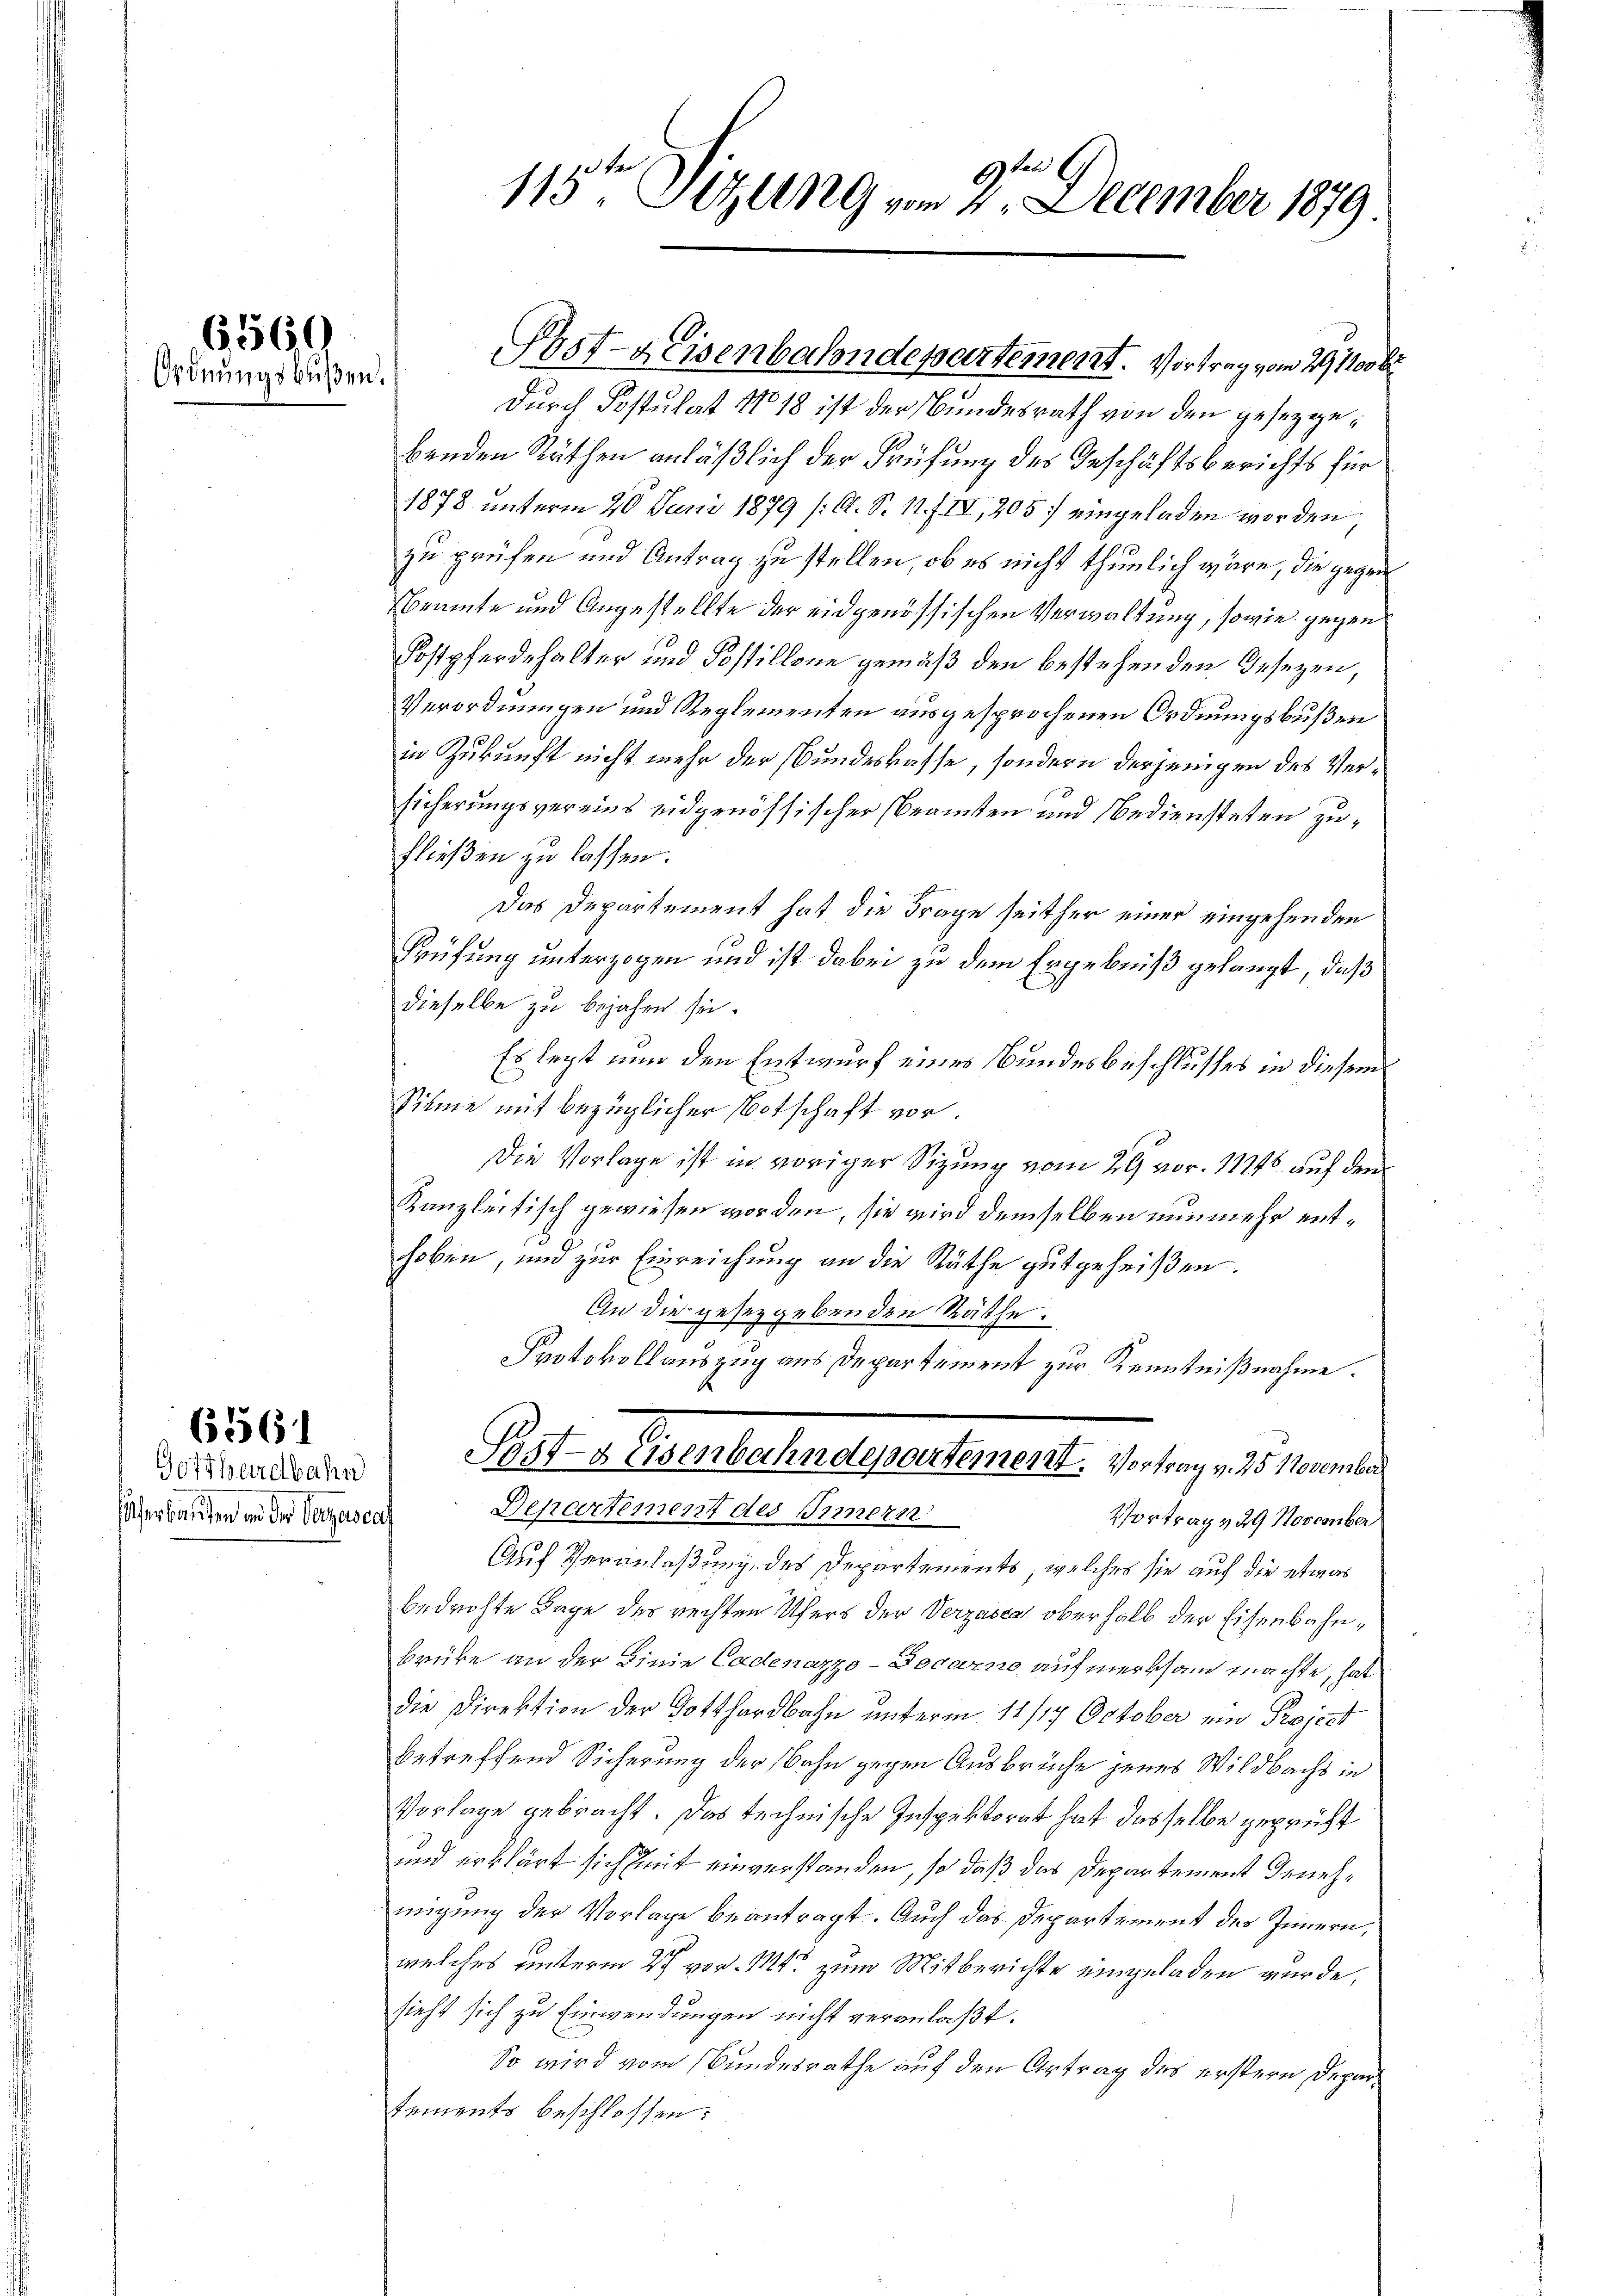
6560
Ordnungsbußen.

Gotthardbahn
Verbauten und der Verzescal

(1561

9ten
115ten Sitzung vom 2. December 1879

Durch Postulat No 18 ist der Bundesrath von den gesetzgebenden Räthen anläßlich der Prüfung des Geschäftsberichts für
1878 unterm 20. Juni 1879 (A. S. 11. IV, 205. eingeladen worden
zu prüfen und Antrag zu stellen, ob es nicht thunlich wäre, die gegen
beamte und Angestellte der eidgenössischen Verwaltung, sowie gegen
Postpferdehalter und Postillone gemäß den bestehenden Gesezen,
Verordnungen und Reglementen ausgesprochenen Ordnungsbußen
in Zukunft nicht mehr der Bundeskasse, sondern derjenigen des Versicherungsvereins eidgenössischer Beamten und bediensteten zufließen zu lassen.
Das Departement hat die Frage seither einer eingehenden
Prüfung unterzogen und ist dabei zu dem Ergebniß gelangt, daß
dieselbe zu bejahen sei.
Es legt nun den Entwurf eines Bundesbeschlusses in diesem
Sinne mit bezüglicher Botschaft vor
Die Vorlage ist in voriger Sizung vom 29 vor. 11148. auf dem
Kanzleitisch gewiesen worden, sie wird demselben nunmehr enthoben, und zur Einreichung an die Räthe gutgeheißen.
An die gesezgebenden Räthe:
Protokollauszug aus Departement zur Kenntnißnahme.
Sast- & Eisenbahndepartement. Vortrag v. 25 November
Departement des Simern
Vortrag v. 29 November
Auf Veranlaßung des Departements, welches sie auf die etwas
bedrohte Lage des rechten Ufers der Verzasca oberhalb der Eisenbahnbrüke an der Linie Cadenazzo-Docarno aufmerksam machte, hat
die Direktion der Gotthardbahn unterm 11/17 October ein Project
betreffend Sicherung der Bahn gegen Ausbrüche jenes Wildbachs in
Vorlage gebracht. Das technische Inspektorat hat dasselbe geprüft
und erklärt sich mit einverstanden, so daß das Departement Genehmigung der Vorlage beantragt. Auch das Departement des Innern,
welches unterm 27. vor. Mts. zum Mitberichte eingeladen wurde,
sieht sich zu Einwendungen nicht veranlaßt.
So wird vom Bundesrathe auf den Artrag des erstern Departements beschlossen:

Post-Heisenbahndepartement. Vortrag vom 29. 1100 b